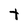
Character: t